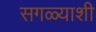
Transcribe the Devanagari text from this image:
सगळ्याशी